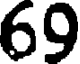
69